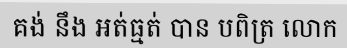
គង់ នឹង អត់ធ្មត់ បាន បពិត្រ លោក